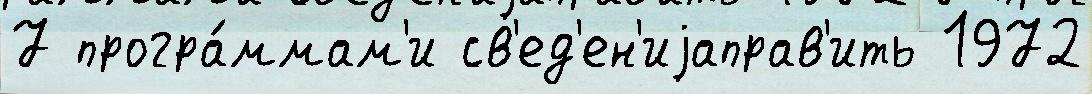
7 програ́ммам'и св'ед'ен'иjаправ'ить 1972